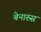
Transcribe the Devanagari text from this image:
बेनारुस